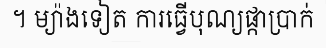
។ ម្យ៉ាងទៀត ការធ្វើបុណ្យផ្កាប្រាក់